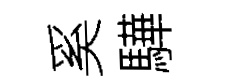
奚驊